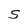
Character: S